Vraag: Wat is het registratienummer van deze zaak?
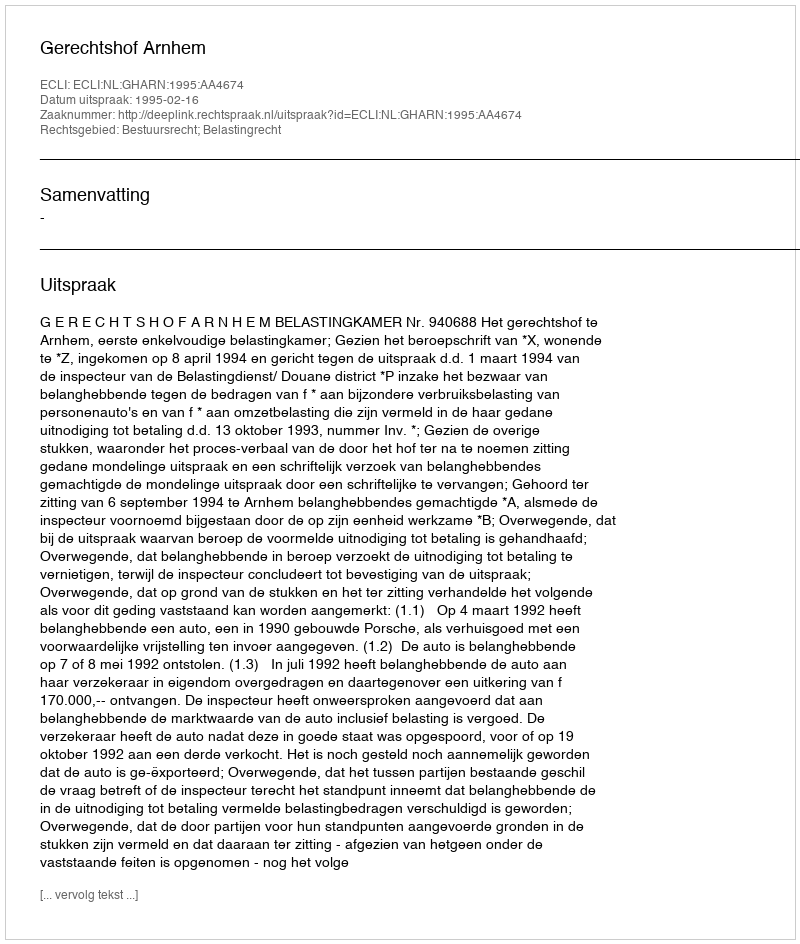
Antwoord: http://deeplink.rechtspraak.nl/uitspraak?id=ECLI:NL:GHARN:1995:AA4674